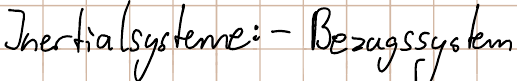
Inertialsysteme: - Bezugssystem